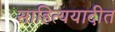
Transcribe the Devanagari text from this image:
साहित्ययादीत